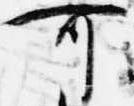
可